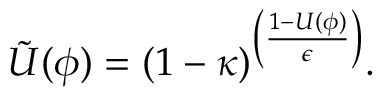
\tilde { U } ( \phi ) = ( 1 - \kappa ) ^ { \left( \frac { 1 - U ( \phi ) } { \epsilon } \right) } .